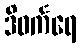
ဒိဝင်္ကရေ